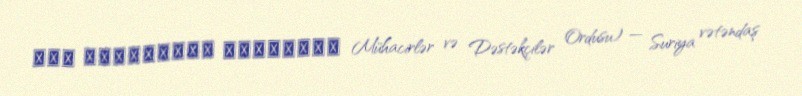
جيش المهاجرين والأنصار Mühacirlər və Dəstəkçilər Ordusu) — Suriya vətəndaş